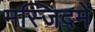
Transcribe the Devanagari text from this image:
मस्जिदमें